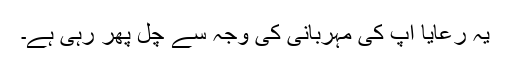
یہ رعایا آپ کی مہربانی کی وجہ سے چل پھر رہی ہے۔